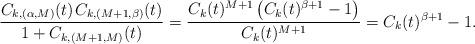
LaTeX: \begin{align*}\frac{C_{k,(\alpha,M)}(t) \kern+1pt C_{k,(M+1,\beta)}(t)}{1+C_{k,(M+1,M)}(t)} = \frac{C_k(t)^{M+1} \left( C_k(t)^{\beta+1} - 1 \right)}{C_k(t)^{M+1}} = C_k(t)^{\beta+1} - 1.\end{align*}